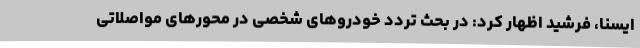
ایسنا، فرشید اظهار کرد: در بحث تردد خودروهای شخصی در محورهای مواصلاتی